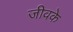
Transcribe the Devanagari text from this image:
जीवके